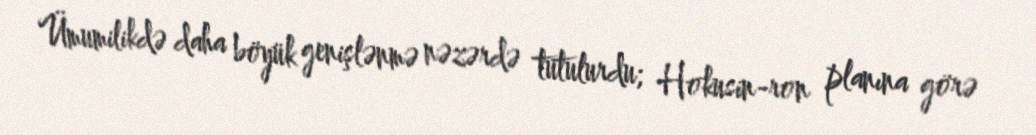
Ümumilikdə daha böyük genişlənmə nəzərdə tutulurdu; Hokusin-ron planına görə